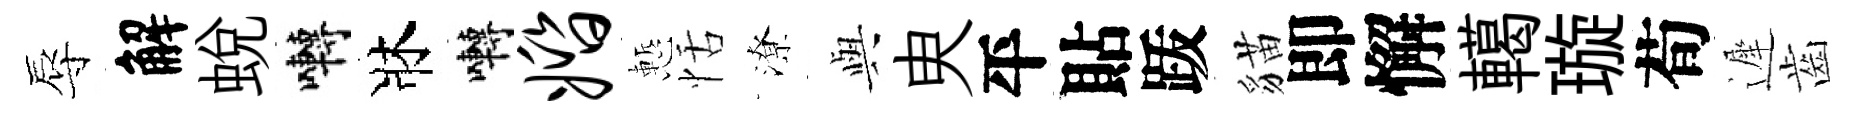
辱解蛻囀牀囀婚慙恬潦𫤰㬰平貼䟦貓即懈轕璇荀遲齒